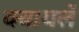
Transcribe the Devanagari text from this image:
क्वायलें